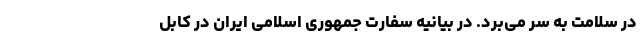
در سلامت به سر می‌برد. در بیانیه سفارت جمهوری اسلامی ایران در کابل